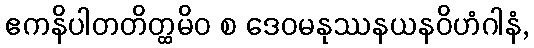
ဧကနိပါတတိတ္ထမိဝ စ ဒေဝမနုဿနယနဝိဟံဂါနံ,